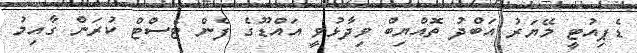
ޑެޕިއުޓީ މޭޔަރު އަބްދު ތޮއްޔިބް ވިދާޅުވީ އައްޑޫގެ ފެން ޓެސްޓް ކުރަން ގާއިމު